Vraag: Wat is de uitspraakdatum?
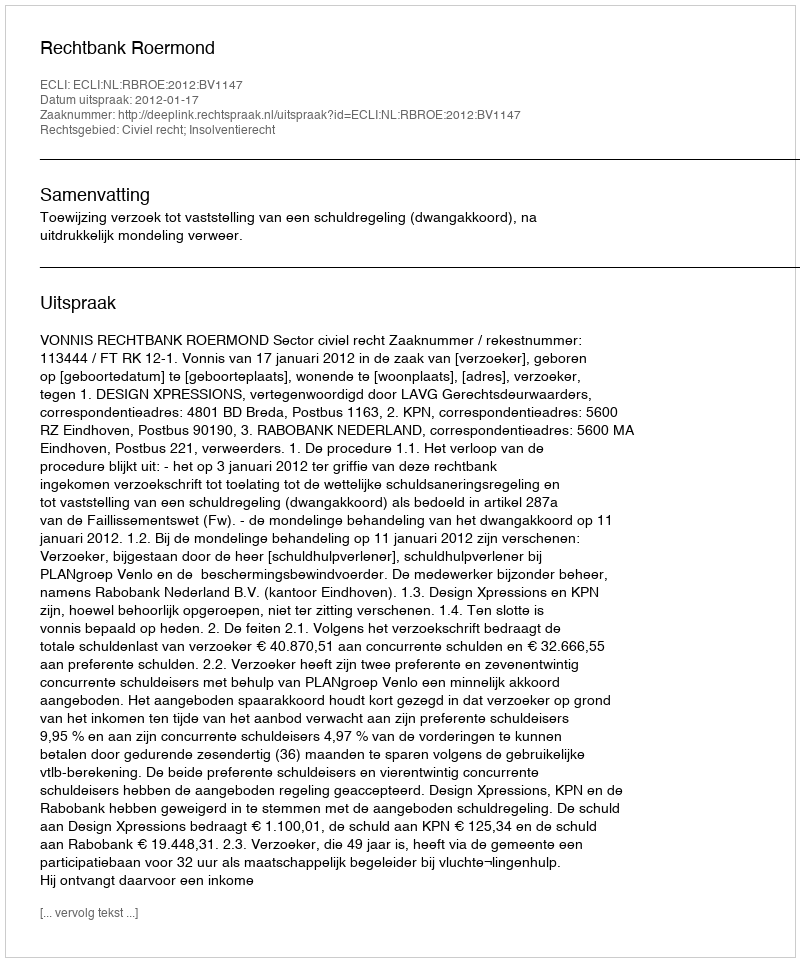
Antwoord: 2012-01-17